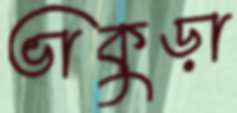
ভাকুড়া